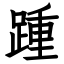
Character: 踵